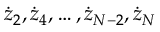
{ \dot { z } } _ { 2 } , { \dot { z } } _ { 4 } , \dots , { \dot { z } } _ { N - 2 } , { \dot { z } } _ { N }